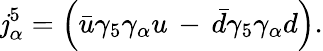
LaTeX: \mathit{j}_{\alpha}^{5}=\left(\bar{{u}}\gamma_{5}\gamma_{\alpha}u\, -\, \bar{{d}}\gamma_{5}\gamma_{\alpha}d\right).